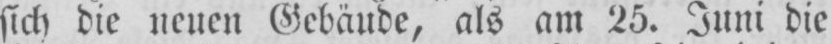
sich die neuen Gebäude, als am 25. Juni die